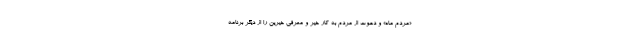
«مردم ماه» و دعوت از مردم به کار خیر و معرفی خیرین را از دیگر برنامه